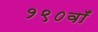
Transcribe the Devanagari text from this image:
१९०वाँ